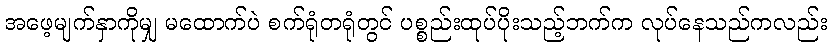
အဖေ့မျက်နှာကိုမျှ မထောက်ပဲ စက်ရုံတရုံတွင် ပစ္စည်းထုပ်ပိုးသည့်ဘက်က လုပ်နေသည်ကလည်း